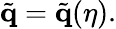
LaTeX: \tilde{\mathbf{q}}=\tilde{\mathbf{q}}(\eta).